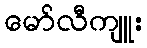
မော်လီကျူး